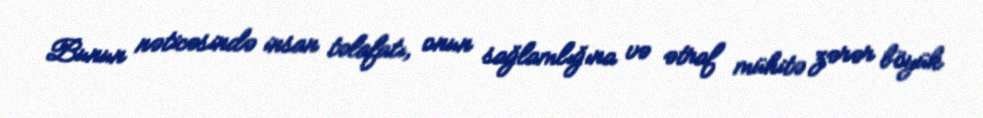
Bunun nəticəsində insan təlafatı, onun sağlamlığına və ətraf mühitə zərər böyük